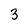
Character: 3